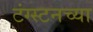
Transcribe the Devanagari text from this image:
टंग्स्टनच्या